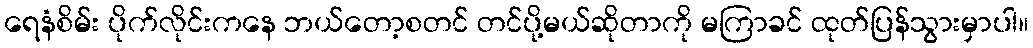
ရေနံစိမ်း ပိုက်လိုင်းကနေ ဘယ်တော့စတင် တင်ပို့မယ်ဆိုတာကို မကြာခင် ထုတ်ပြန်သွားမှာပါ။